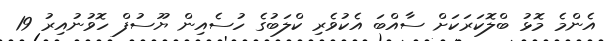
އެންމެ މޮޅު ބްލޮކަރަކަށް ސާއްބަ އެކުވެރި ކްލަބުގެ ހުސެއިން ޔޫސުފް ހޮވުނުއިރު 19